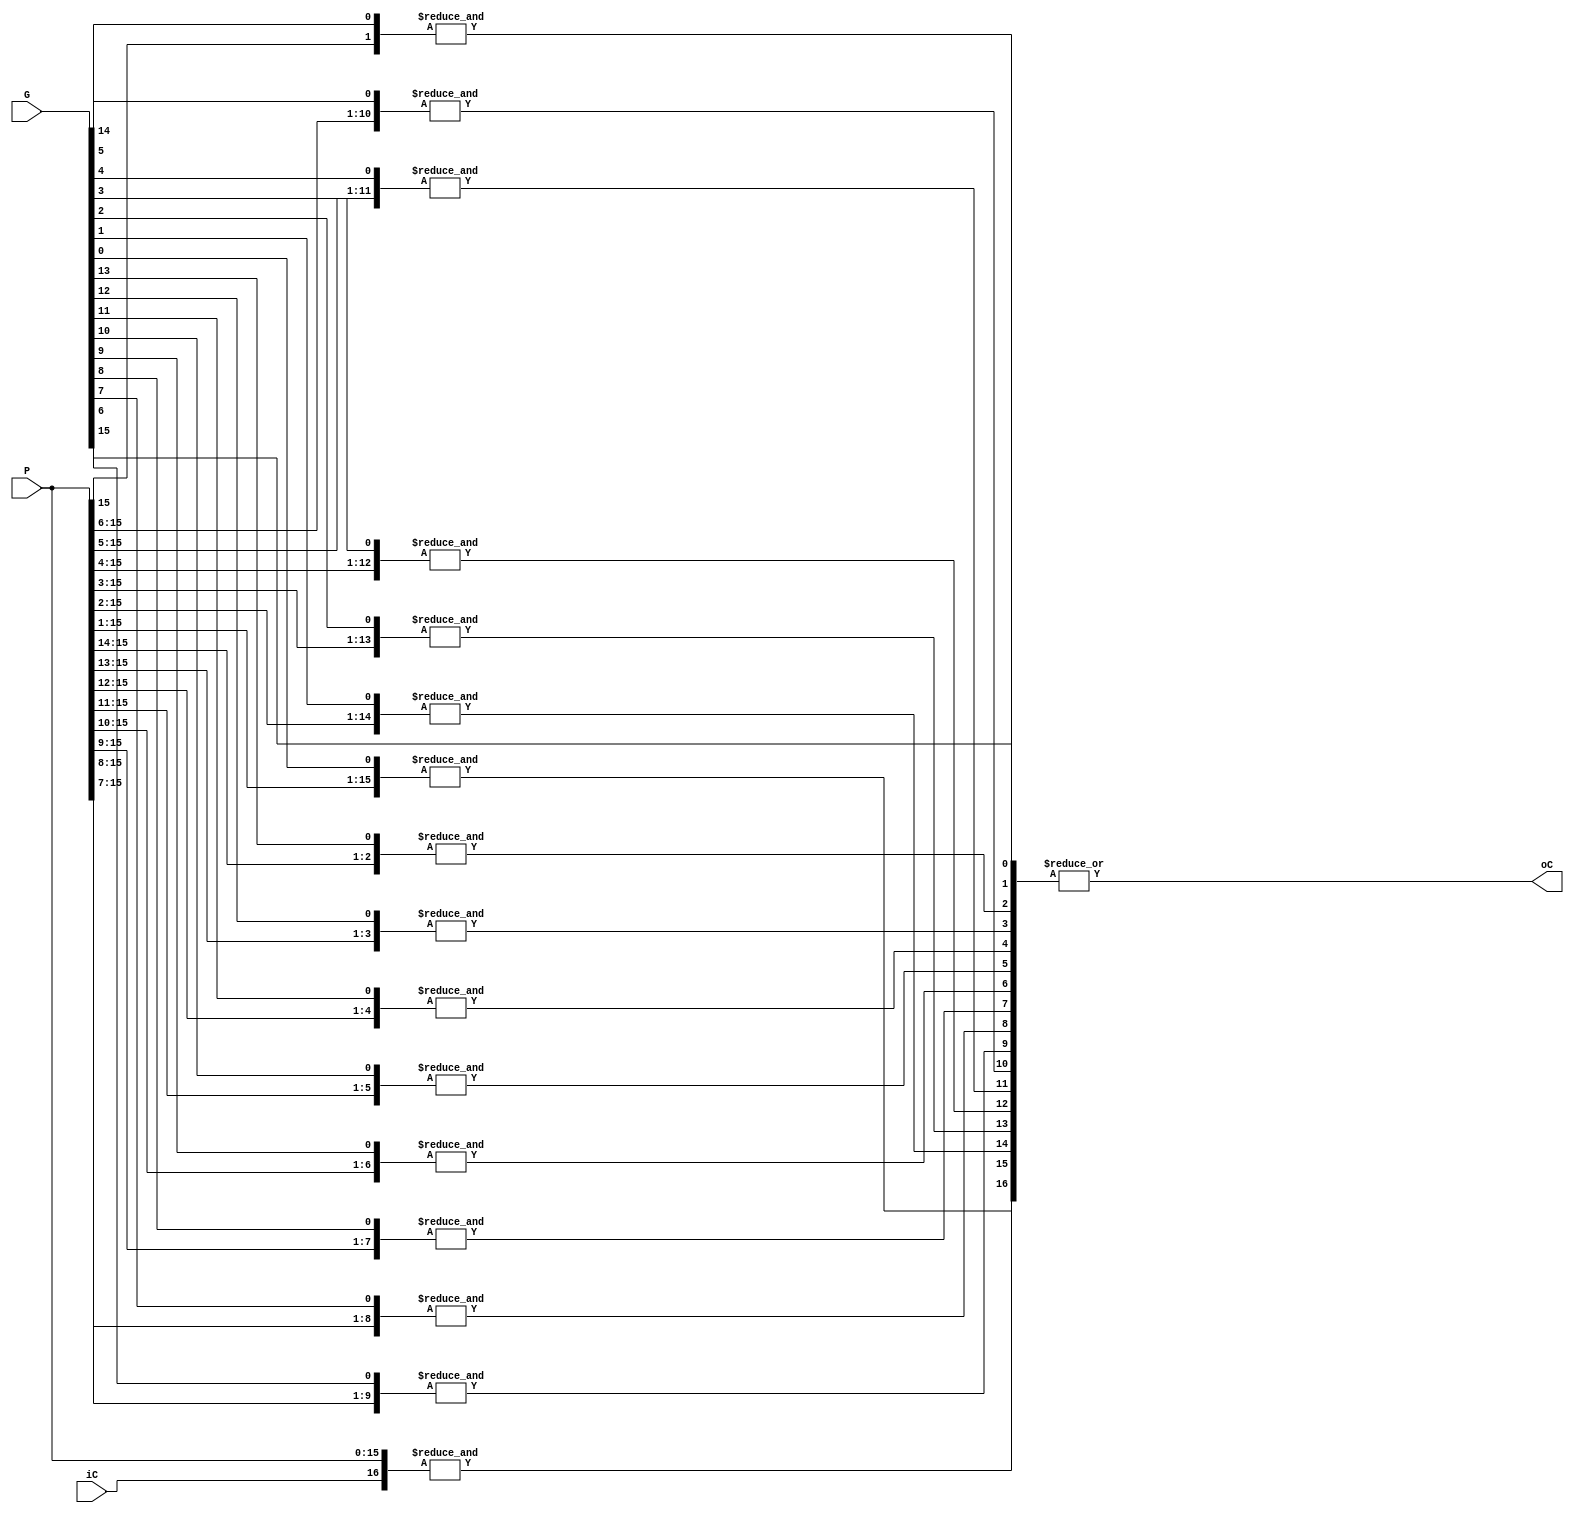
module Carry_lookahead_16bit#(parameter ADDER_WIDTH = 16)(
    input  wire [ADDER_WIDTH-1:0] G, P,
    input  wire                   iC,
    output wire                   oC    
);
    wire [ADDER_WIDTH:0]    _C_16 = {iC,P};
    wire [ADDER_WIDTH-1:0]  _C_15 = {G[0],P[15:1]};
    wire [ADDER_WIDTH-2:0]  _C_14 = {G[1],P[15:2]};
    wire [ADDER_WIDTH-3:0]  _C_13 = {G[2],P[15:3]};
    wire [ADDER_WIDTH-4:0]  _C_12 = {G[3],P[15:4]};
    wire [ADDER_WIDTH-5:0]  _C_11 = {G[4],P[15:5]};
    wire [ADDER_WIDTH-6:0]  _C_10 = {G[5],P[15:6]};
    wire [ADDER_WIDTH-7:0]  _C_9  = {G[6],P[15:7]};
    wire [ADDER_WIDTH-8:0]  _C_8  = {G[7],P[15:8]};
    wire [ADDER_WIDTH-9:0]  _C_7  = {G[8],P[15:9]};
    wire [ADDER_WIDTH-10:0] _C_6  = {G[9],P[15:10]};
    wire [ADDER_WIDTH-11:0] _C_5  = {G[10],P[15:11]};
    wire [ADDER_WIDTH-12:0] _C_4  = {G[11],P[15:12]};
    wire [ADDER_WIDTH-13:0] _C_3  = {G[12],P[15:13]};
    wire [ADDER_WIDTH-14:0] _C_2  = {G[13],P[15:14]};
    wire [ADDER_WIDTH-15:0] _C_1  = {G[14],P[15]};
    wire [ADDER_WIDTH:0]   _C    = { &_C_16,&_C_15, &_C_14, &_C_13, &_C_12, &_C_11,&_C_10, &_C_9, &_C_8, &_C_7, &_C_6, &_C_5, &_C_4, &_C_3, &_C_2, &_C_1, G[15] };
    
    assign oC = |_C;
endmodule